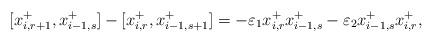
LaTeX: \begin{align*}[x_{i, r+1}^{+}, x_{i-1, s}^{+}] - [x_{i, r}^{+}, x_{i-1, s+1}^{+}] = - \varepsilon_1 x_{i, r}^{+} x_{i-1, s}^{+} - \varepsilon_2 x_{i-1, s}^{+} x_{i, r}^{+}, \end{align*}